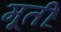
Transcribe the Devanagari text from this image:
मूतीं